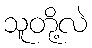
သူတို့လဲ